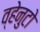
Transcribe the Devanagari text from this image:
व्हेनुटो